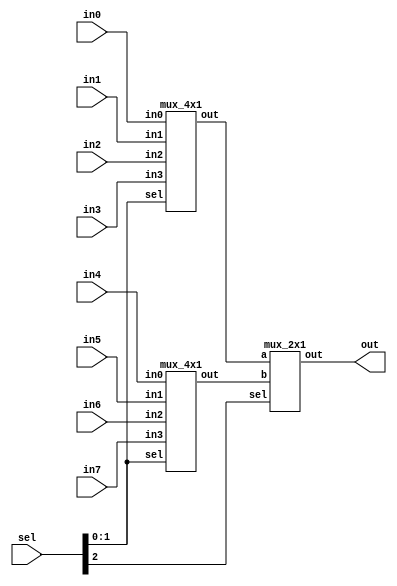
module mux_8x1 (
	input [31:0] in0,
	input [31:0] in1,
	input [31:0] in2,
	input [31:0] in3,
	input [31:0] in4,
	input [31:0] in5,
	input [31:0] in6,
	input [31:0] in7,
	input [2:0]sel,
	output [31:0] out);
	wire [31:0] out0_w, out1_w;
	
	mux_4x1 m8_0(.in0(in0) ,.in1(in1),. in2(in2) ,.in3(in3),.sel(sel[1:0]),.out(out0_w));
	mux_4x1 m8_1(.in0(in4) ,.in1(in5),. in2(in6) ,.in3(in7),.sel(sel[1:0]),.out(out1_w));
	mux_2x1 m8_2(.a(out0_w),.b(out1_w),.sel(sel[2]),.out(out));
	
	endmodule
module mux_4x1 (
    input [31:0]in0,
    input [31:0] in1,
    input [31:0] in2,
    input [31:0] in3,
	input [1:0]sel,
	output [31:0] out);
	wire [31:0] out0_w, out1_w;
	
	mux_2x1 m4_0(.a(in0),.b(in1),.sel(sel[0]),.out(out0_w));
	mux_2x1 m4_1(.a(in2),.b(in3),.sel(sel[0]),.out(out1_w));
	mux_2x1 m4_2(.a(out0_w),.b(out1_w),.sel(sel[1]),.out(out));
	
endmodule 
	
module mux_2x1 (
	input [31:0] a,
	input [31:0] b,
	input sel,
	output [31:0] out);
	assign out = sel ? b : a;
	
endmodule